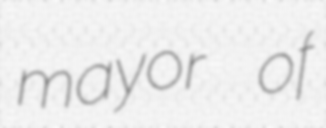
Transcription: mayor of